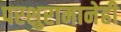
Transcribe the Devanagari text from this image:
परशुरामानेही